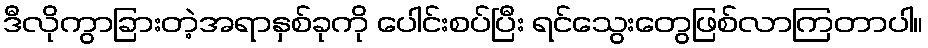
ဒီလိုကွာခြားတဲ့အရာနှစ်ခုကို ပေါင်းစပ်ပြီး ရင်သွေးတွေဖြစ်လာကြတာပါ။